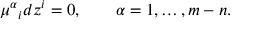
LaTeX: \mu ^ { \alpha } { } _ { i } d z ^ { i } = 0 , \qquad \alpha = 1 , \ldots , m - n .